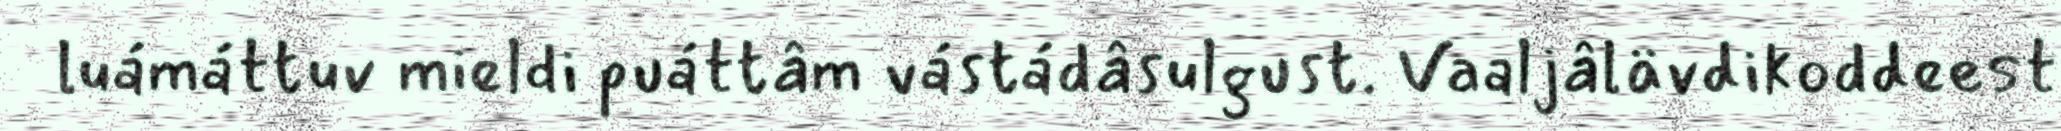
luámáttuv mieldi puáttâm vástádâsulgust. Vaaljâlävdikoddeest